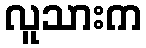
လူသားက